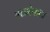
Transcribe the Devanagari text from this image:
आओपाटा